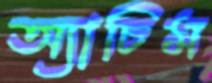
অ্যাচিম